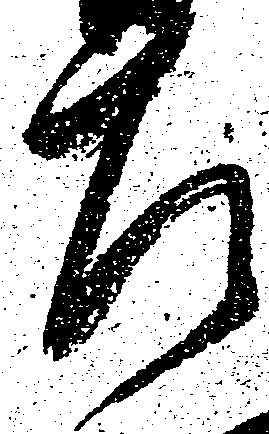
左